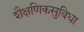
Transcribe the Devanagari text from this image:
शैक्षणिकसुविधा